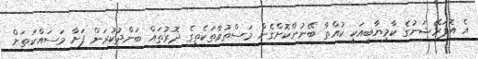
އެ އޮޕަރޭޝަނުގެ ކާމިޔާބީއަކީ ކުއްތާ ބޭނުންކޮށްގެން މަސްތުވާތަކެތީގެ ދޮރުތައް ބަންދުކުރަން ފަށާ މަސައްކަތަށް